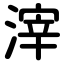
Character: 滓